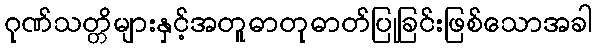
ဂုဏ်သတ္တိများနှင့်အတူဓာတုဓာတ်ပြုခြင်းဖြစ်သောအခါ